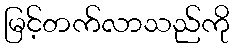
မြင့်တက်လာသည်ကို